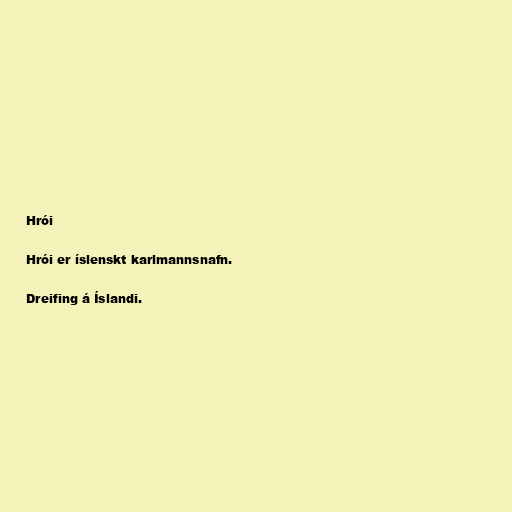
Hrói

Hrói er íslenskt karlmannsnafn.

Dreifing á Íslandi.